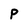
Character: P